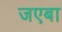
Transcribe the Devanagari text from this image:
जएबा